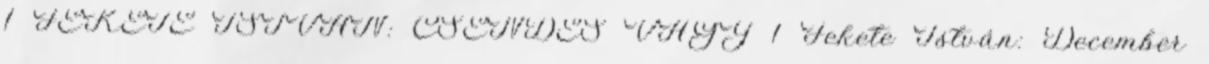
1 FEKETE ISTVÁN: CSENDES VÁGY 1 Fekete István: December